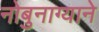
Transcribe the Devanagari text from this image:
नोबुनाग्याने